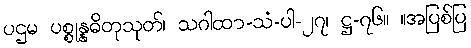
ပဌမ ပစ္စုန္နဓိတုသုတ်၊ သဂါထာ-သံ-ပါ-၂၇၊ ဋ္ဌ-၇၆။ ။အပြစ်ပြ